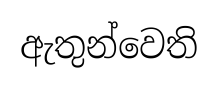
ඇතුන්වෙති